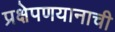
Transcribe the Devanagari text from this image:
प्रक्षेपणयानाची